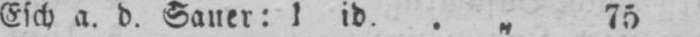
Esch a. d. Sauer: 1 id. .„ 75